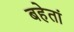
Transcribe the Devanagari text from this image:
बहेतां